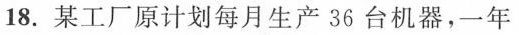
18.某工厂原计划每月生产36台机器，一年